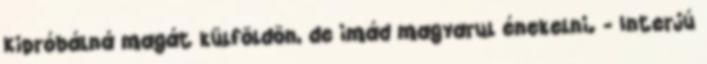
Kipróbálná magát külföldön, de imád magyarul énekelni. - Interjú